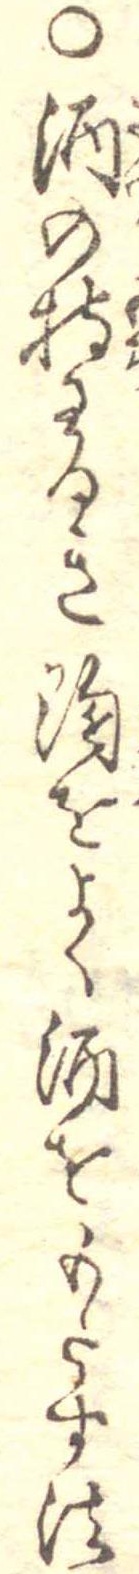
○酒の持わるき陶をよく酒をもたす法